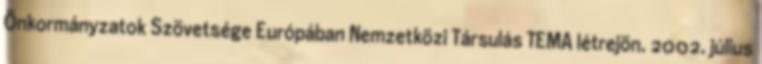
Önkormányzatok Szövetsége Európában Nemzetközi Társulás TEMA létrejön. 2002. július